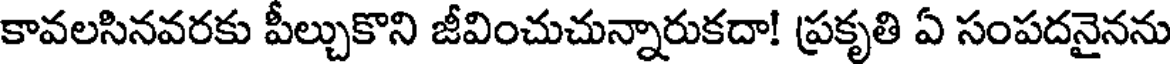
కావలసినవరకు పీల్చుకొని జీవించుచున్నారుకదా! ప్రకృతి ఏ సంపదనైనను